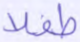
طفلا